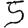
Digit: 5